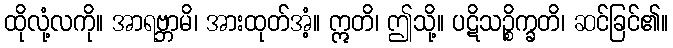
ထိုလုံ့လကို။ အာရဗ္ဘာမိ၊ အားထုတ်အံ့။ ဣတိ၊ ဤသို့။ ပဋိသဉ္စိက္ခတိ၊ ဆင်ခြင်၏။